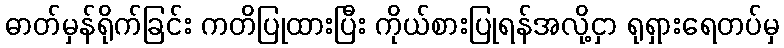
ဓာတ်မှန်ရိုက်ခြင်း ကတိပြုထားပြီး ကိုယ်စားပြုရန်အလို့ငှာ ရုရှားရေတပ်မှ